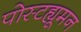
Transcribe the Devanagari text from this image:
पोस्टह्यूमन